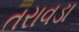
તરાવડા